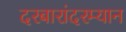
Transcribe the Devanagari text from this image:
दरबारांदरम्यान